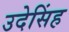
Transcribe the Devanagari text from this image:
उदेसिंह